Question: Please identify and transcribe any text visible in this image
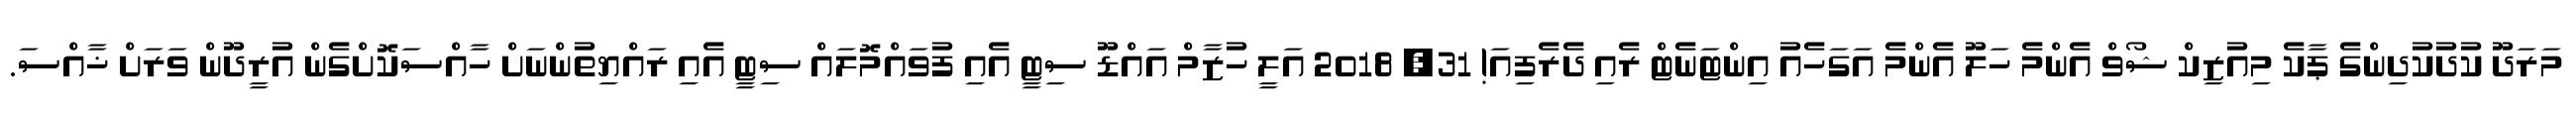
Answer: މަރަދޫ ކުދުކުދިންގެ ޕާކެ މިއުޒިކް ޝޯވް އެންމެ ހަލޫ އެންމެ އަގަހެއު އިންޓަނެޓް ރެއި ދެރެފިއަ! 31, 2018 އަލީ ހުޒާމް އައްޑޫ ސިޓީ އެއި ފުވައްމޮލައް ސިޓީ އެއި ރައްޔިތުންނަށް ހާއްސަކޮށްގެން އުރީދޫން ވަރަށް ޚާއްސަ.